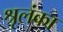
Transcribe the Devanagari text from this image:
श्रृलंका